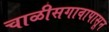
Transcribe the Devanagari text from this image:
चाळीसगावापासून